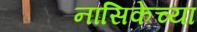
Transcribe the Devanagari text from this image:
नासिकेच्या